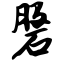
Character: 磐